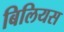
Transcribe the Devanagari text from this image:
बिलियस